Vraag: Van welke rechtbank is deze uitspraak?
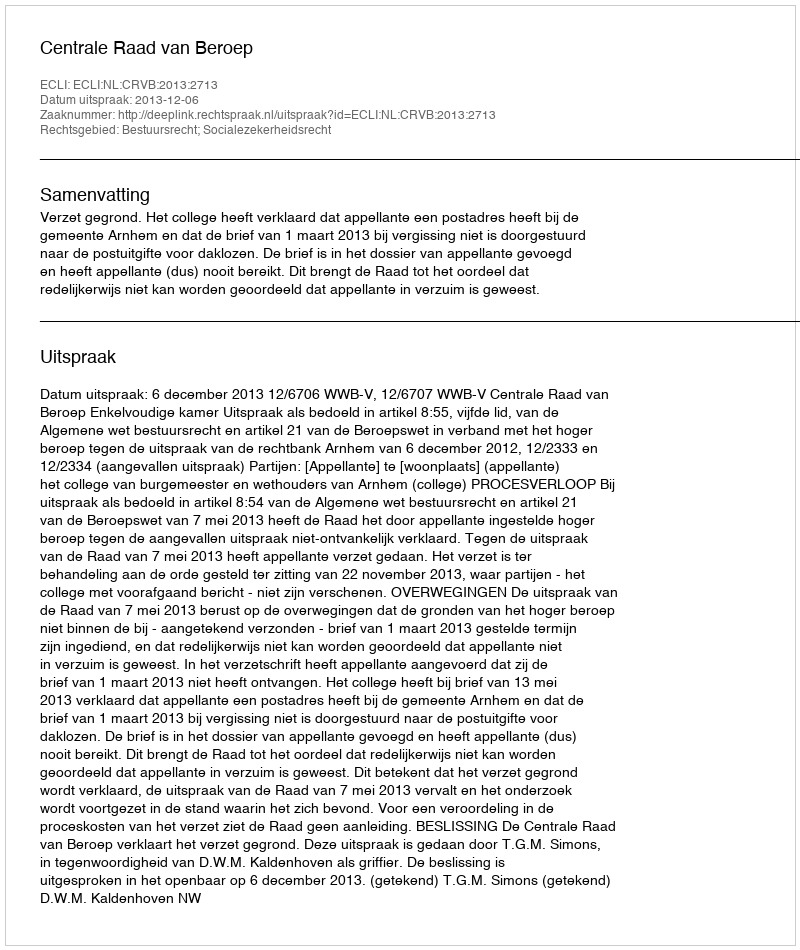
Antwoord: Centrale Raad van Beroep